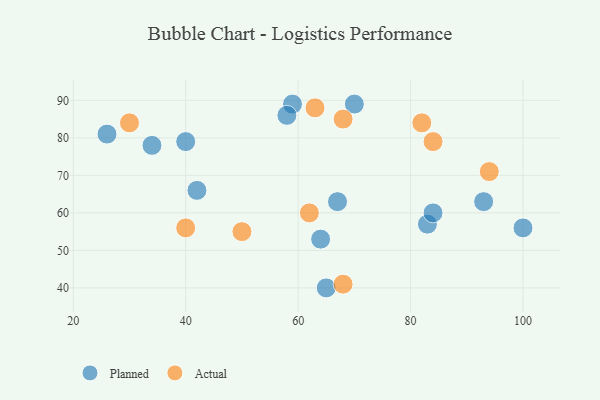
{"axis": {"x": "GDP", "y": "Life Expectancy"}, "legend": ["Actual", "Planned"], "data": [{"x": "65", "y": 40, "type": "Planned"}, {"x": "34", "y": 78, "type": "Planned"}, {"x": "59", "y": 89, "type": "Planned"}, {"x": "83", "y": 57, "type": "Planned"}, {"x": "26", "y": 81, "type": "Planned"}, {"x": "93", "y": 63, "type": "Planned"}, {"x": "84", "y": 60, "type": "Planned"}, {"x": "67", "y": 63, "type": "Planned"}, {"x": "70", "y": 89, "type": "Planned"}, {"x": "100", "y": 56, "type": "Planned"}, {"x": "42", "y": 66, "type": "Planned"}, {"x": "40", "y": 79, "type": "Planned"}, {"x": "58", "y": 86, "type": "Planned"}, {"x": "64", "y": 53, "type": "Planned"}, {"x": "82", "y": 84, "type": "Actual"}, {"x": "68", "y": 85, "type": "Actual"}, {"x": "94", "y": 71, "type": "Actual"}, {"x": "62", "y": 60, "type": "Actual"}, {"x": "68", "y": 41, "type": "Actual"}, {"x": "50", "y": 55, "type": "Actual"}, {"x": "30", "y": 84, "type": "Actual"}, {"x": "40", "y": 56, "type": "Actual"}, {"x": "63", "y": 88, "type": "Actual"}, {"x": "84", "y": 79, "type": "Actual"}]}